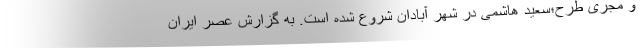
و مجری طرح؛سعید هاشمی در شهر آبادان شروع شده است. به گزارش عصر ایران